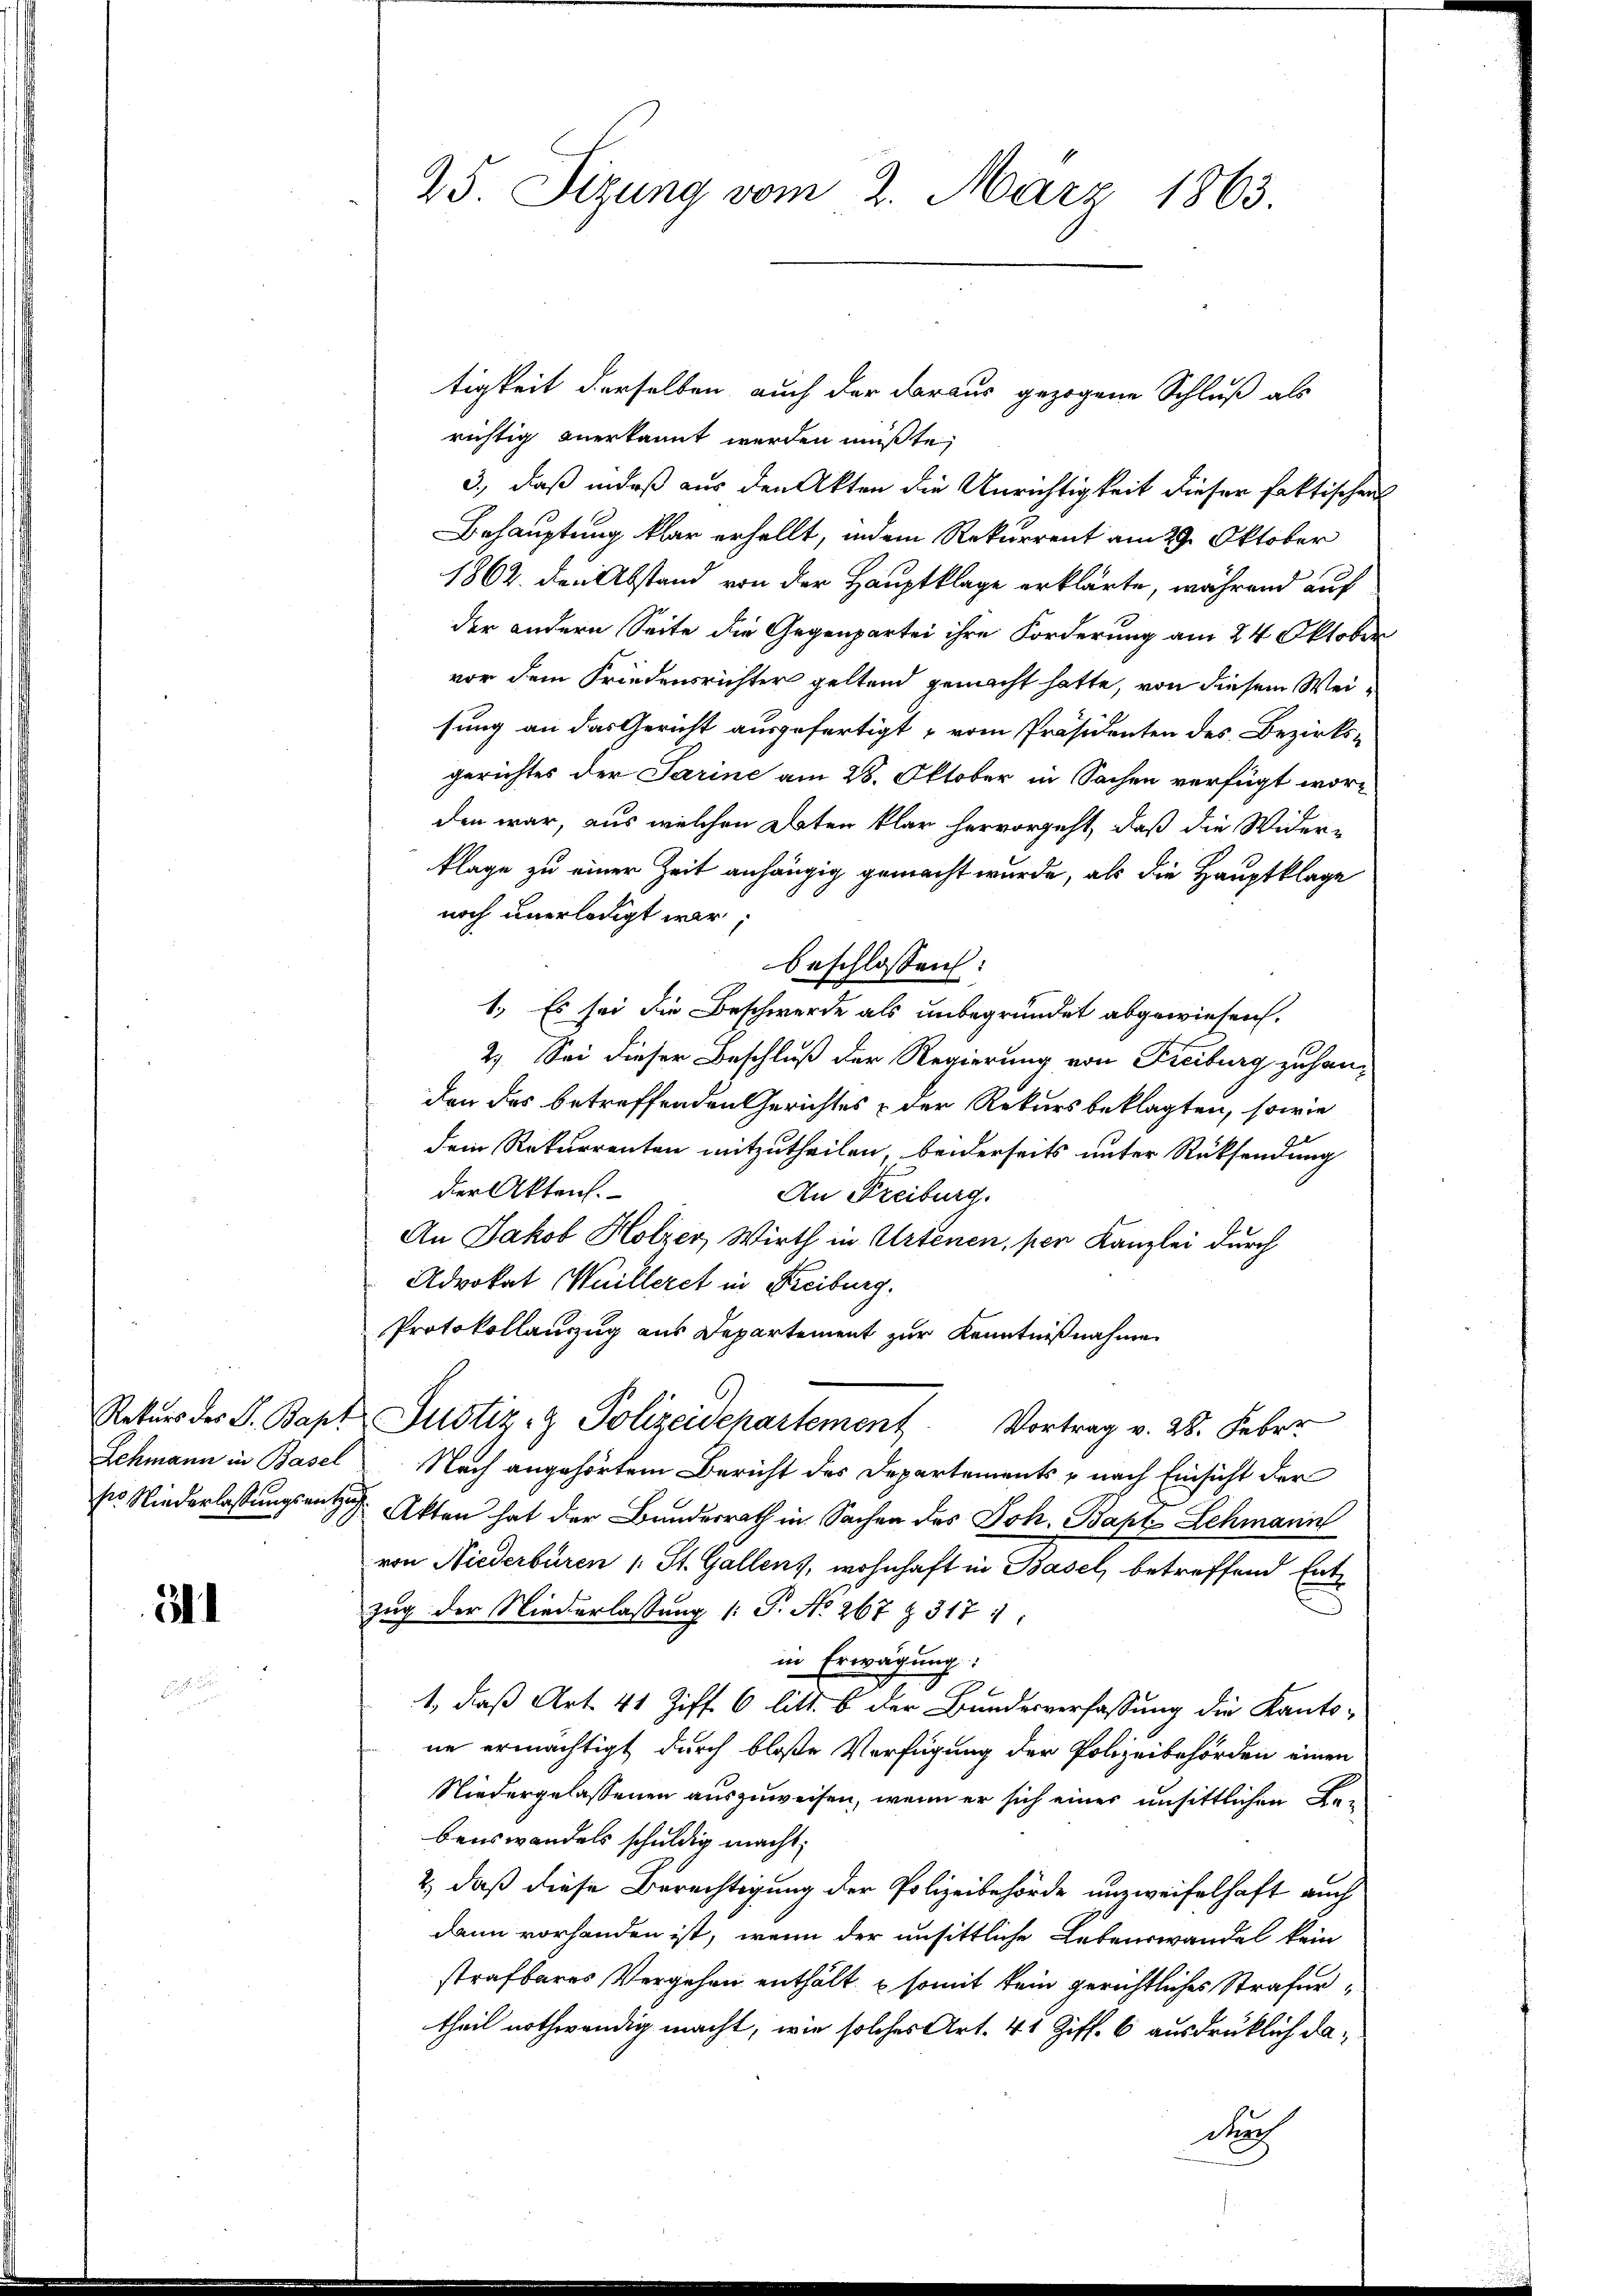
Rekurs des S. Bapt

3

25. Sizung vom 2. März 1863.

tigkeit derselben auch der daraus gezogene Schluß als
richtig anerkannt werden müßte,
3., daß indeß aus den Akten die Unrichtigkeit dieser faktischen
Behauptung klar erhellt, indem Rekurrent am 29. Oktober
1862. den Abstand von der Hauptklage erklärte, während auf
der andern Seite die Gegenpartei ihre Forderung am 24 Oktober
vor dem Friedensrichter geltend gemacht hatte, von diesem Weisung an das Gericht ausgefertigt, vom Präsidenten des Bezirks-
gerichtes der Sarine am 28. Oktober in Sachen verfügt worden war, aus welchen Daten klar hervorgeht, daß die Wider-
klage zu einer Zeit anhängig gemacht wurde, als die Hauptklage
noch unerledigt war.
beschlossen:
1. Es sei die Beschwerde als unbegründet abgewiesen.
2) Sei dieser Beschluß der Regierung von Freiburg zu handen das betreffenden Gerichtes & der Rekursbeklagten, sowie
dem Rekurrenten mitzutheilen, beiderseits unter Rücksendung
der Akten.
An Freiburg.
An Jakob Holzer, Wirth in Artenen, per Kanzlei durch
Advokat Wuilleret in Kreiburg.
Protokollanzug aus Departement zur Kenntnißnahme
Justiz- & Polizeidepartement Vortrag v. 28. Feber
Lehmann in Basel. Nach angehörtem Bericht des Departements u nach Einsicht der
ss Niederlassungsenten Akten hat der Bundesrath in Sachen des Joh. Bapt Lehmann
von Niederbüren (: St. Gallens, wohnhaft in Basel, betreffend Entzug der Niederlassung (: P. No. 267 & 317 1
in Erwägung:
19
1, daß Art. 41 Ziff. 6 litt. b der Bundesverfassung die Kantone ermächtigt durch bloße Verfügung der Polizeibehörden einen
Niedergelassenen auszuweisen, wenn er sich einer unsittlichen Bebenswandels schuldig macht.
2., daß diese Berechtigung der Polizeibehörde unzweifelhaft auch
dann vorhanden ist, wenn der unsittliche Lebenswandel kein
strafbares Vergehen enthält & somit kein gerichtliches Strafer
theil nothwendig macht, wie solches Art. 41 Ziff. 6 ausdrüklich da¬
Dar